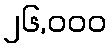
၂၆,၀၀၀